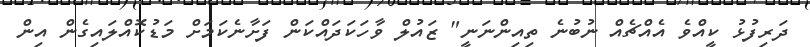
ދަރިފުޅު ކީއްވެ އެއްޗެއް ނުބުނެ ތިއިންނަނީ" ޒައުލް ވާހަކަދައްކަން ފަށާނެކަމަށް މަޑުކޮއްލައިގެން އިން